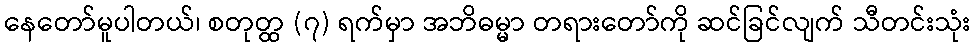
နေတော်မူပါတယ်၊ စတုတ္ထ (၇) ရက်မှာ အဘိဓမ္မာ တရားတော်ကို ဆင်ခြင်လျက် သီတင်းသုံး